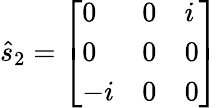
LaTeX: {\hat{s}}_{2}={\left[\begin{array}{lll}{0}&{0}&{i}\\ {0}&{0}&{0}\\ {-i}&{0}&{0}\end{array}\right]}